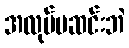
အလုပ်မဆင်းဘဲ